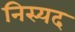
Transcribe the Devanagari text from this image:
निस्यद